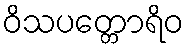
ဝိသပတ္တောရိဝ